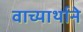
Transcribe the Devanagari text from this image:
वाच्यार्थाने